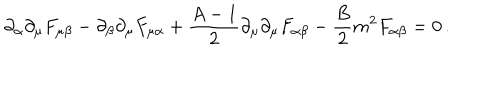
\partial _ { \alpha } \partial _ { \mu } F _ { \mu \beta } - \partial _ { \beta } \partial _ { \mu } F _ { \mu \alpha } + { \frac { A - 1 } { 2 } } \partial _ { \mu } \partial _ { \mu } F _ { \alpha \beta } - { \frac { B } { 2 } } m ^ { 2 } F _ { \alpha \beta } = 0 \, .